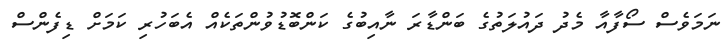
ނަމަވެސް ސޯފާއާ މެދު ދައުލަތުގެ ބަންޑާރަ ނާއިބުގެ ކަންބޮޑުވުންތަކެއް އެބަހުރި ކަމަށް ޑިފެންސް